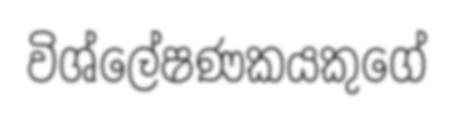
විශ්ලේෂණකයකුගේ